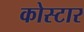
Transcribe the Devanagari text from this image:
कोस्टार